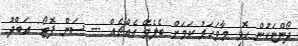
ދޯންޏަކުން ހޮވި މާވަހަރު ކަމަށް ބެލެވޭ އެއްޗެއް --- ސަން ފޮޓޯ: އަބްދު